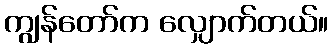
ကျွန်တော်က လျှောက်တယ်။